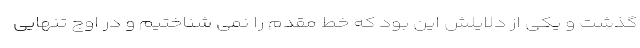
گذشت و یکی از دلایلش این بود که خط مقدم را نمی شناختیم و در اوج تنهایی